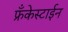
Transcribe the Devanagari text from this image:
फ्रँकेस्टाईन